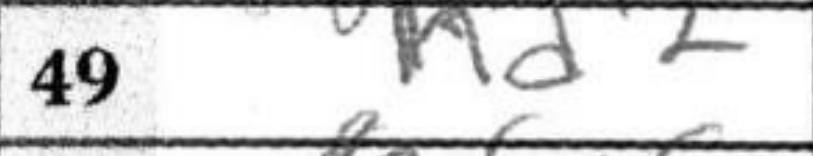
Transcription: Kd2